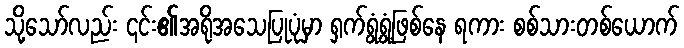
သို့သော်လည်း ၎င်း၏အရိုအသေပြုပုံမှာ ရှက်ရွံ့ရွံ့ဖြစ်နေ ရကား စစ်သားတစ်ယောက်